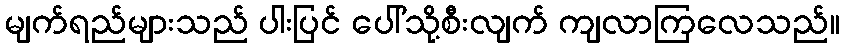
မျက်ရည်များသည် ပါးပြင် ပေါ်သို့စီးလျက် ကျလာကြလေသည်။